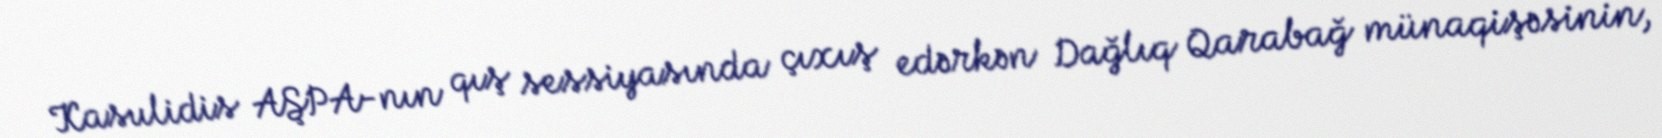
Kasulidis AŞPA-nın qış sessiyasında çıxış edərkən Dağlıq Qarabağ münaqişəsinin,